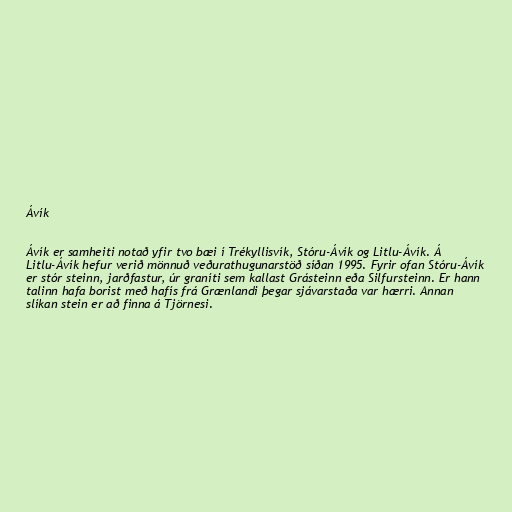
Ávík

Ávík er samheiti notað yfir tvo bæi í Trékyllisvík, Stóru-Ávík og Litlu-Ávík. Á
Litlu-Ávík hefur verið mönnuð veðurathugunarstöð síðan 1995. Fyrir ofan Stóru-Ávík
er stór steinn, jarðfastur, úr graníti sem kallast Grásteinn eða Silfursteinn. Er hann
talinn hafa borist með hafís frá Grænlandi þegar sjávarstaða var hærri. Annan
slíkan stein er að finna á Tjörnesi.